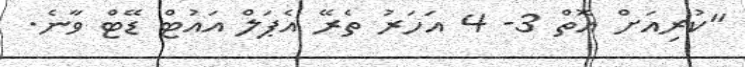
"ކުރިއަށް އޮތް 3- 4 އަހަރު ތެރޭ އެޕަލް އައުޓް ޑޭޓް ވާނެ.